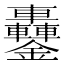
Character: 𨰵